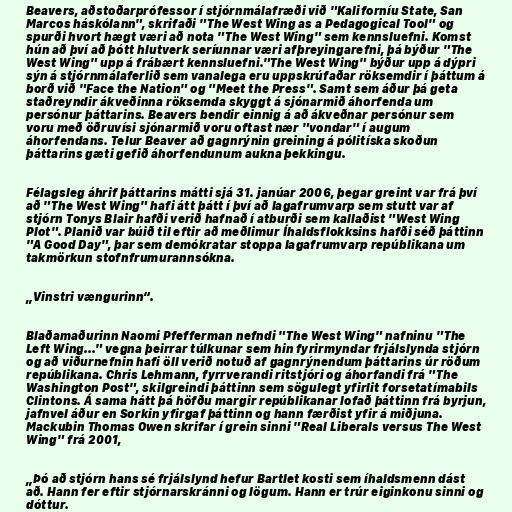
Beavers, aðstoðarprófessor í stjórnmálafræði við "Kaliforníu State, San
Marcos háskólann", skrifaði "The West Wing as a Pedagogical Tool" og
spurði hvort hægt væri að nota "The West Wing" sem kennsluefni. Komst
hún að því að þótt hlutverk seríunnar væri afþreyingarefni, þá býður "The
West Wing" upp á frábært kennsluefni."The West Wing" býður upp á dýpri
sýn á stjórnmálaferlið sem vanalega eru uppskrúfaðar röksemdir í þáttum á
borð við "Face the Nation" og "Meet the Press". Samt sem áður þá geta
staðreyndir ákveðinna röksemda skyggt á sjónarmið áhorfenda um
persónur þáttarins. Beavers bendir einnig á að ákveðnar persónur sem
voru með öðruvísi sjónarmið voru oftast nær "vondar" í augum
áhorfendans. Telur Beaver að gagnrýnin greining á pólitíska skoðun
þáttarins gæti gefið áhorfendunum aukna þekkingu.

Félagsleg áhrif þáttarins mátti sjá 31. janúar 2006, þegar greint var frá því
að "The West Wing" hafi átt þátt í því að lagafrumvarp sem stutt var af
stjórn Tonys Blair hafði verið hafnað í atburði sem kallaðist "West Wing
Plot". Planið var búið til eftir að meðlimur Íhaldsflokksins hafði séð þáttinn
"A Good Day", þar sem demókratar stoppa lagafrumvarp repúblikana um
takmörkun stofnfrumurannsókna.

„Vinstri vængurinn“.

Blaðamaðurinn Naomi Pfefferman nefndi "The West Wing" nafninu "The
Left Wing..." vegna þeirrar túlkunar sem hin fyrirmyndar frjálslynda stjórn
og að viðurnefnin hafi öll verið notuð af gagnrýnendum þáttarins úr röðum
repúblikana. Chris Lehmann, fyrrverandi ritstjóri og áhorfandi frá "The
Washington Post", skilgreindi þáttinn sem sögulegt yfirlit forsetatímabils
Clintons. Á sama hátt þá höfðu margir repúblikanar lofað þáttinn frá byrjun,
jafnvel áður en Sorkin yfirgaf þáttinn og hann færðist yfir á miðjuna.
Mackubin Thomas Owen skrifar í grein sinni "Real Liberals versus The West
Wing" frá 2001,

„Þó að stjórn hans sé frjálslynd hefur Bartlet kosti sem íhaldsmenn dást
að. Hann fer eftir stjórnarskránni og lögum. Hann er trúr eiginkonu sinni og
dóttur.